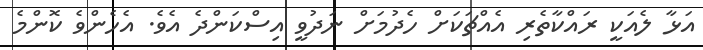
އަޅާ ލެއަކީ ރައްކާތެރި އެއްޗަކަށް ހެދުމަށް ނަދުވީ އިސްކަންދެ އެވެ. އެހެންވެ ކޮންމެ